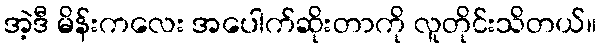
အဲ့ဒီ မိန်းကလေး အပေါက်ဆိုးတာကို လူတိုင်းသိတယ်။